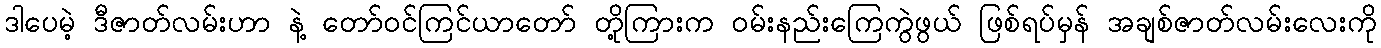
ဒါပေမဲ့ ဒီဇာတ်လမ်းဟာ နဲ့ တော်ဝင်ကြင်ယာတော် တို့ကြားက ဝမ်းနည်းကြေကွဲဖွယ် ဖြစ်ရပ်မှန် အချစ်ဇာတ်လမ်းလေးကို